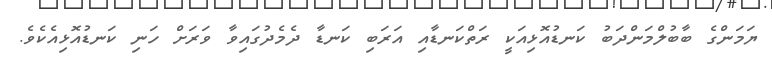
ޔަމަންގެ ބާބުލްމަންދަބު ކަނޑުއޮޅިއަކީ ރަތްކަނޑާއި އަރަބި ކަނޑާ ދެމެދުގައިވާ ވަރަށް ހަނި ކަނޑުއޮޅިއެކެވެ.